Vaccination in Burma 1920-1933 - 1920-1933
Year: 1920
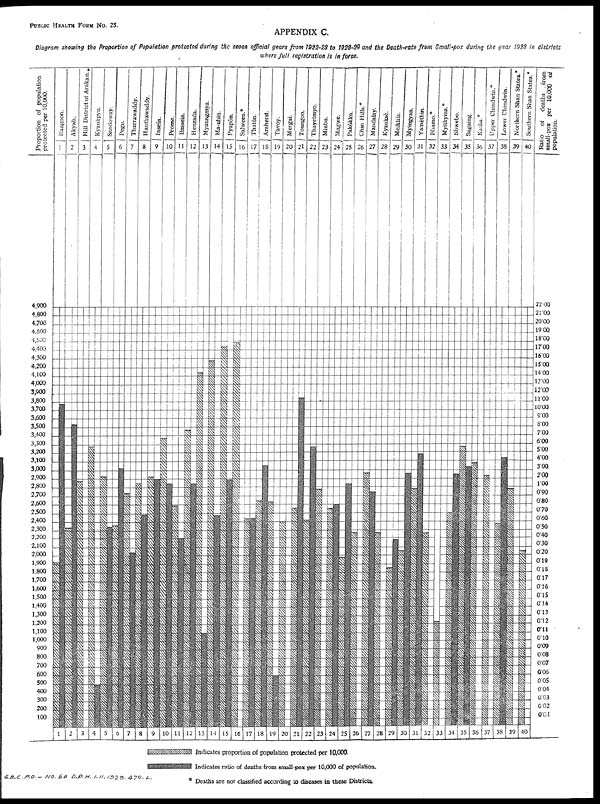
PUBLIC HEALTH FORM NO. 25.
APPENDIX C.
Diagram showing the Proportion of Population protected during the seven official years from 1922-23 to 1928-29 and the Death-rate from Small-pox during the year 1928 in districts
where full registration is in force.
Indicates proportion of population protected per 10,000.
Indicates ratio of deaths from small-pox per 10,000 of population.
* Deaths are not classified according to diseases in these Districts.
G.B.C.P.O.— No. 60 D.P.H. 1.11. 1929. 470.
L.